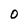
Character: 0